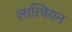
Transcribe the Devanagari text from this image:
लात्वियन